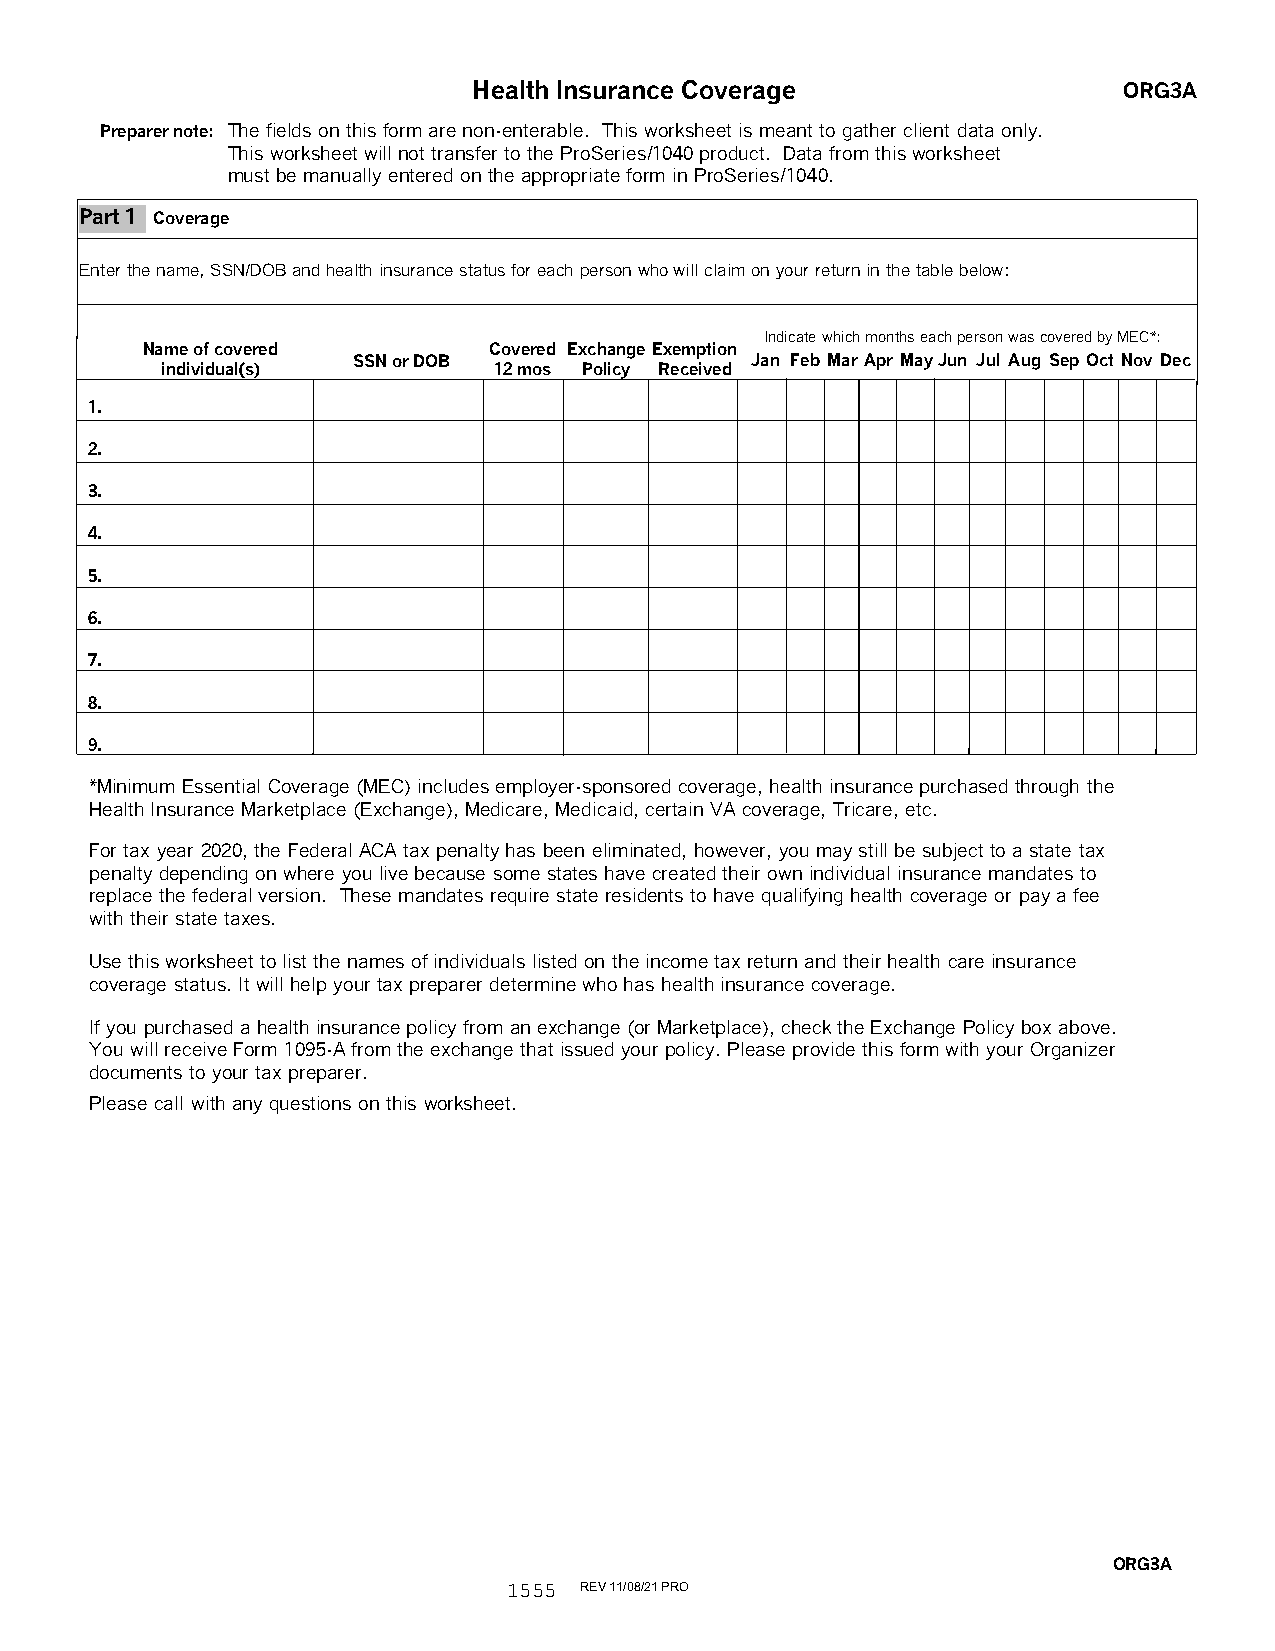
Health Insurance Coverage                  ORG3A
 Preparer note: The fields on this form are non-enterable. This worksheet is meant to gather client data only.
 This worksheet will not transfer to the ProSeries/1040 product. Data from this worksheet
 must be manually entered on the appropriate form in ProSeries/1040.
 Part 1 Coverage
 Enter the name, SSN/DOB and health insurance status for each person who will claim on your return in the table below:
 Indicate which months each person was covered by MEC*:
 Name of covered        Covered Exchange Exemption
 SSN or DOB                 Jan Feb Mar Apr MayJun Jul Aug Sep Oct Nov Dec
 individual(s)         12 mos Policy Received
 1.
 2.
 3.
 4.
 5.
 6.
 7.
 8.
 9.
 *Minimum Essential Coverage (MEC) includes employer-sponsored coverage, health insurance purchased through the
 Health Insurance Marketplace (Exchange), Medicare, Medicaid, certain VA coverage, Tricare, etc.
 For tax year 2020, the Federal ACA tax penalty has been eliminated, however, you may still be subject to a state tax
 penalty depending on where you live because some states have created their own individual insurance mandates to
 replace the federal version. These mandates require state residents to have qualifying health coverage or pay a fee
 with their state taxes.
 Use this worksheet to list the names of individuals listed on the income tax return and their health care insurance
 coverage status. It will help your tax preparer determine who has health insurance coverage.
 If you purchased a health insurance policy from an exchange (or Marketplace), check the Exchange Policy box above.
 You will receive Form 1095-A from the exchange that issued your policy. Please provide this form with your Organizer
 documents to your tax preparer.
 Please call with any questions on this worksheet.
 ORG3A
 1555 REV 11/08/21 PRO